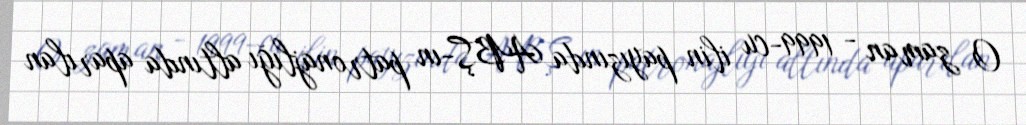
O zaman - 1999-cu ilin payızında ABŞ-ın patronajlığı altında aparılan